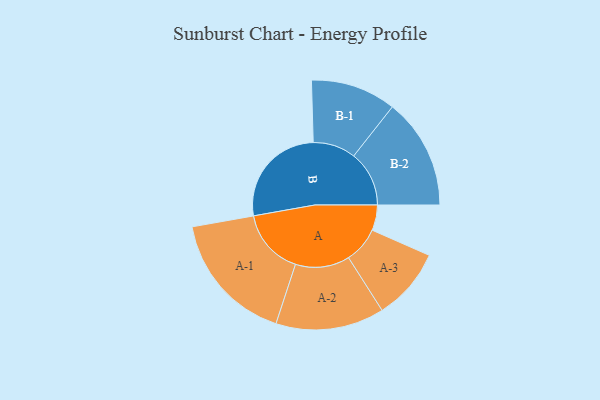
{"axis": {"x": "Segment", "y": "Value"}, "legend": ["", "A", "B"], "data": [{"x": "A", "y": 112, "type": ""}, {"x": "B", "y": 464, "type": ""}, {"x": "A-1", "y": 291, "type": "A"}, {"x": "A-2", "y": 239, "type": "A"}, {"x": "A-3", "y": 159, "type": "A"}, {"x": "B-1", "y": 188, "type": "B"}, {"x": "B-2", "y": 244, "type": "B"}]}